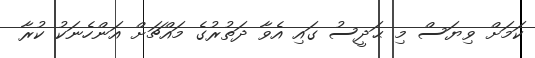
ކަމަށް ވިޔަސް މި ޙަދީސު ގައި އެވާ ދަތުރުގެ މައްޗަށް އަންހެނަކު ކުރާ